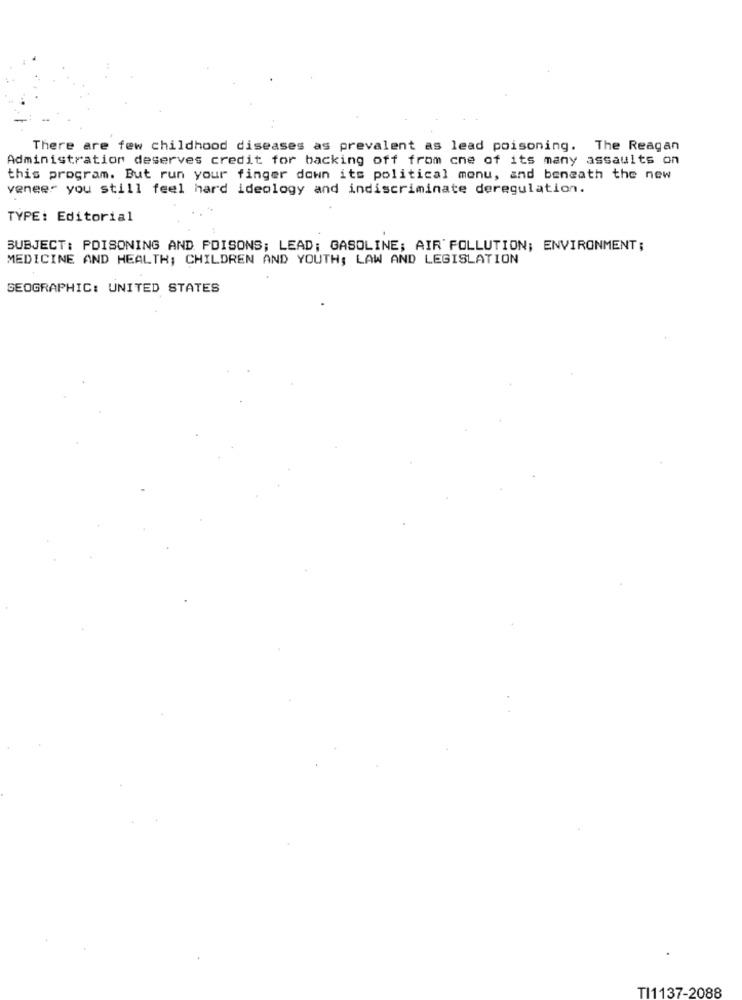
There are few childhood diseases as prevalent as lead poisoning. The Reagan
Administration deserves credit for backing off from cne of its many assaults on
this program. But run your finger down its political monu, and beneath the new
veneer you still feel hard ideology and indiscriminate deregulation.
TYPE: Editorial
SUBJECT: POISONING AND POISONS; LEAD; GASOLINE; AIR POLLUTION; ENVIRONMENT;
MEDICINE AND HEALTH; CHILDREN AND YOUTH; LAW AND LEGISLATION
GEOGRAPHIC: UNITED STATES
TI1137-2088